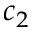
c _ { 2 }